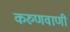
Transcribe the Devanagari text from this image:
करुणवाणी